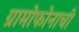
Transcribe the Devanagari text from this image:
ग्रामोफोनाची